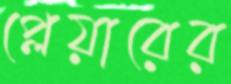
প্লেয়ারের